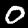
Label: 0